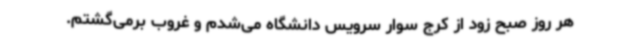
هر روز صبح زود از کرج سوار سرویس دانشگاه می‌شدم و غروب برمی‌گشتم.